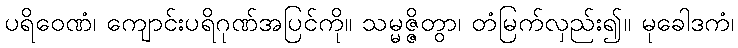
ပရိဝေဏံ၊ ကျောင်းပရိဂုဏ်အပြင်ကို။ သမ္မဇ္ဇိတွာ၊ တံမြက်လှည်း၍။ မုခေါဒကံ၊